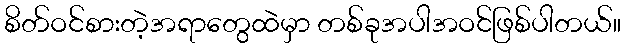
စိတ်ဝင်စားတဲ့အရာတွေထဲမှာ တစ်ခုအပါအဝင်ဖြစ်ပါတယ်။